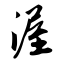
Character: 渥